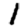
Digit: 1